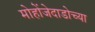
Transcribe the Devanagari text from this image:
मोहोंजेदाडोच्या